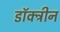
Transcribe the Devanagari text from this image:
डॉक्ट्रीन